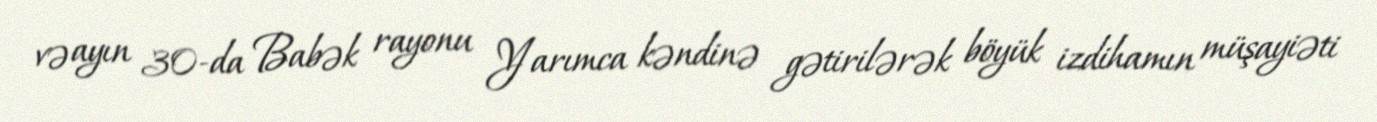
və ayın 30-da Babək rayonu Yarımca kəndinə gətirilərək böyük izdihamın müşayiəti